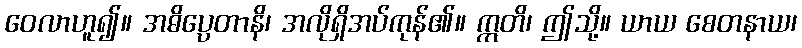
ဝေလာဟူ၍။ အဓိပ္ပေတာနိ၊ အလိုရှိအပ်ကုန်၏။ ဣတိ၊ ဤသို့။ ယာယ စေတနာယ၊